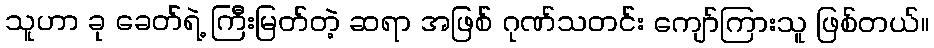
သူဟာ ခု ခေတ်ရဲ့ ကြီးမြတ်တဲ့ ဆရာ အဖြစ် ဂုဏ်သတင်း ကျော်ကြားသူ ဖြစ်တယ်။